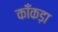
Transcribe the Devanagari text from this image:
काँकड़ा